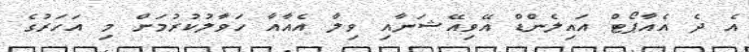
އެ ދެ އެއާޕޯޓް އައިލެންޑް އޭވިއޭޝަނާއި ވިލާ އެއާއާ ހަވާލުކުރުމަށް މި އަހަރުގެ